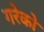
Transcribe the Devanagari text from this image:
गरेको